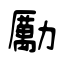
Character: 勵